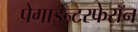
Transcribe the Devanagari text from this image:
पेगाइन्टरफेरॉन